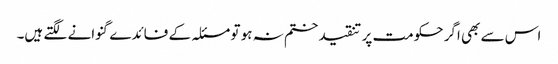
اس سے بھی اگر حکومت پر تنقید ختم نہ ہو تو مسئلہ کے فائدے گنوانے لگتے ہیں۔